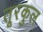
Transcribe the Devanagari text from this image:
तूरकुल